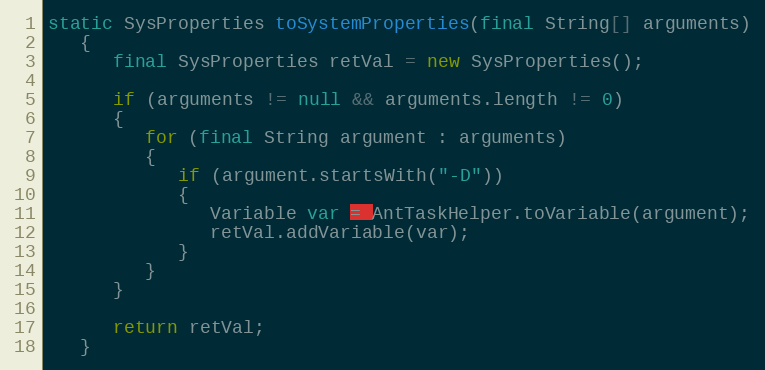
Language: Java
static SysProperties toSystemProperties(final String[] arguments)
   {
      final SysProperties retVal = new SysProperties();

      if (arguments != null && arguments.length != 0)
      {
         for (final String argument : arguments)
         {
            if (argument.startsWith("-D"))
            {
               Variable var = AntTaskHelper.toVariable(argument);
               retVal.addVariable(var);
            }
         }
      }

      return retVal;
   }